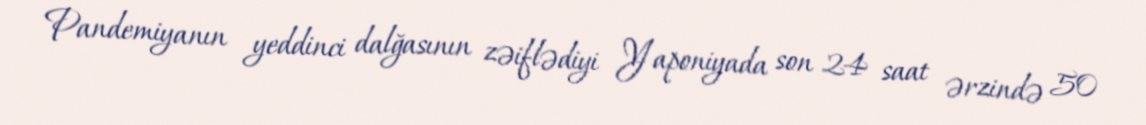
Pandemiyanın yeddinci dalğasının zəiflədiyi Yaponiyada son 24 saat ərzində 50